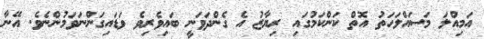
އަމިއްލަ މަސައްލަހަތު އޮތް ކަންކަމުގައި ރިޔާޒު އެ ގެންދަވަނީ ބައިވެރިވެ ވަޑައިގަންނަވަމުންނެވެ. އޭނާ